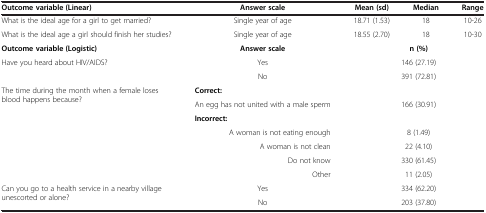
<table><thead><tr><td><b>Outcome variable (Linear)</b></td><td><b>Answer scale</b></td><td><b>Mean (sd)</b></td><td><b>Median</b></td><td><b>Range</b></td></tr></thead><tbody><tr><td>What is the ideal age for a girl to get married?</td><td>Single year of age</td><td>18.71 (1.53)</td><td>18</td><td>10-26</td></tr><tr><td>What is the ideal age a girl should finish her studies?</td><td>Single year of age</td><td>18.55 (2.70)</td><td>18</td><td>10-30</td></tr><tr><td><b>Outcome variable (Logistic)</b></td><td><b>Answer scale</b></td><td colspan="3"><b>n (%)</b></td></tr><tr><td rowspan="2">Have you heard about HIV/AIDS?</td><td>Yes</td><td colspan="3">146 (27.19)</td></tr><tr><td>No</td><td colspan="3">391 (72.81)</td></tr><tr><td rowspan="2">The time during the month when a female loses blood happens because?</td><td><b>Correct:</b></td><td colspan="3"> </td></tr><tr><td>An egg has not united with a male sperm</td><td colspan="3">166 (30.91)</td></tr><tr><td rowspan="5"> </td><td><b>Incorrect:</b></td><td colspan="3"> </td></tr><tr><td>A woman is not eating enough</td><td colspan="3">8 (1.49)</td></tr><tr><td>A woman is not clean</td><td colspan="3">22 (4.10)</td></tr><tr><td>Do not know</td><td colspan="3">330 (61.45)</td></tr><tr><td>Other</td><td colspan="3">11 (2.05)</td></tr><tr><td>Can you go to a health service in a nearby village unescorted or alone?</td><td>Yes</td><td colspan="3">334 (62.20)</td></tr><tr><td> </td><td>No</td><td colspan="3">203 (37.80)</td></tr></tbody></table>